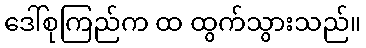
ဒေါ်စုကြည်က ထ ထွက်သွားသည်။